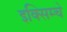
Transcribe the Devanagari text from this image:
इक्सिम्चे